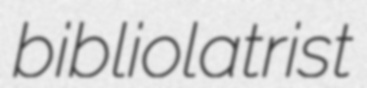
bibliolatrist